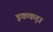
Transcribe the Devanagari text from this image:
इककड़ा